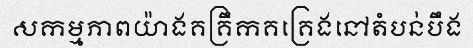
សកម្មភាពយ៉ាងគគ្រឹកគគ្រេងនៅតំបន់បឹង